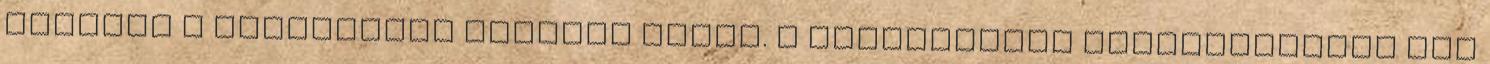
illetve a mediterrán zónában honos. A termesztett káposztafélék őse